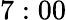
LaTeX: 7:00